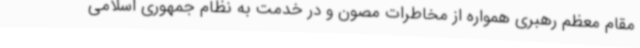
مقام معظم رهبری همواره از مخاطرات مصون و در خدمت به نظام جمهوری اسلامی